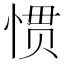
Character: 惯